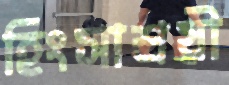
হিংসাশ্রয়ী